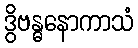
ဒွိဗန္ဓနောကာသံ